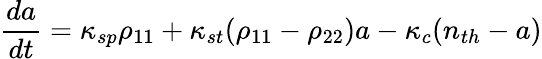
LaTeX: \frac{da}{dt}=\kappa_{sp}\rho_{11}+\kappa_{st}(\rho_{11}-\rho_{22})a-\kappa_{c}(n_{th}-a)